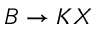
B \to K X